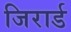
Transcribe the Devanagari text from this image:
जिरार्ड